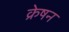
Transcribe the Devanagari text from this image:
क्रेषन